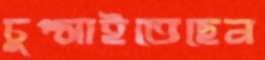
চুপ্‌সাইতেছেন